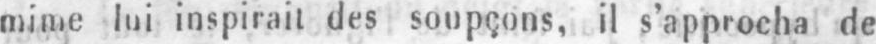
mime lui inspirait des soupçons, il s’approcha de